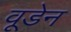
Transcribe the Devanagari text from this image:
वूडेन